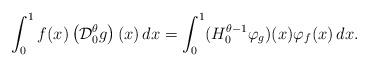
LaTeX: \begin{align*}\int_0^1 f(x) \left(\mathcal{D}_0^\theta g\right)(x)\,dx=\int_0^1 (H_0^{\theta-1} \varphi_g)(x) \varphi_f(x)\,dx.\end{align*}